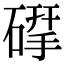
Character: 𮀶